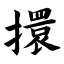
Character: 擐